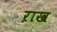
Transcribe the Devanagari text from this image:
ऱाख